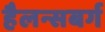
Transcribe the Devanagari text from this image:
हैलन्सबर्ग